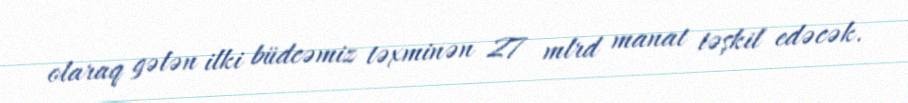
olaraq gələn ilki büdcəmiz təxminən 27 mlrd manat təşkil edəcək.